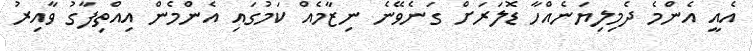
އެއީ އެންމެ ދެމިލިޔަނެއްހާ ޑޮލަރަށް ގަނެވޭނެ ނިޒާމެއް ކަމުގައި އެންމެން އިއްތިފާގު ވާއިރު